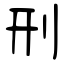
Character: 刑